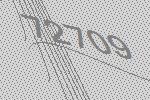
72709